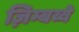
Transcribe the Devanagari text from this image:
ज़िम्बब्वे